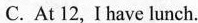
C. At 12, I have lunch.